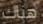
هناك